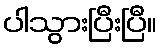
ပါသွားပြီးပြီ။